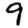
Digit: 9